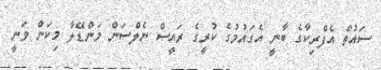
ސައުތް އެފްރިކާގެ ބާނީ އެގައުމުގެ ކުރީގެ ރައީސް ނެލްސަން މަންޑޭލާ މިކަން ވަނީ